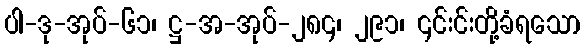
ပါ-ဒု-အုပ်-၆၁၊ ဋ္ဌ-အ-အုပ်-၂၈၄၊ ၂၉၁၊ ၎င်းင်းတို့ခံရသော